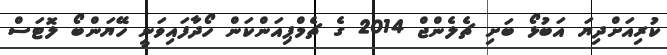
ކުރިއަށްދިޔަ އަބުޅޯ ބަށި ޗެލެންޖް 2014 ގެ ޗެމްޕިއަންކަން ހޯދާފައިވަނީ ހޭޔަންބޯ ލޮޓަސް